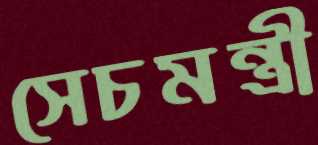
সেচমন্ত্রী